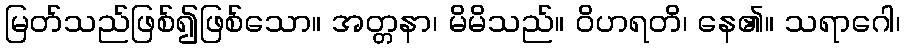
မြတ်သည်ဖြစ်၍ဖြစ်သော။ အတ္တနာ၊ မိမိသည်။ ဝိဟရတိ၊ နေ၏။ သရာဂေါ၊